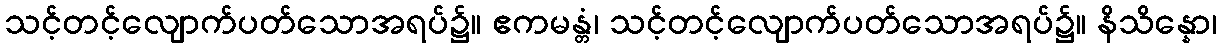
သင့်တင့်လျောက်ပတ်သောအရပ်၌။ ဧကမန္တံ၊ သင့်တင့်လျောက်ပတ်သောအရပ်၌။ နိသိန္နော၊